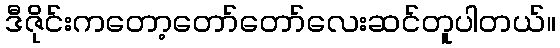
ဒီဇိုင်းကတော့တော်တော်လေးဆင်တူပါတယ်။